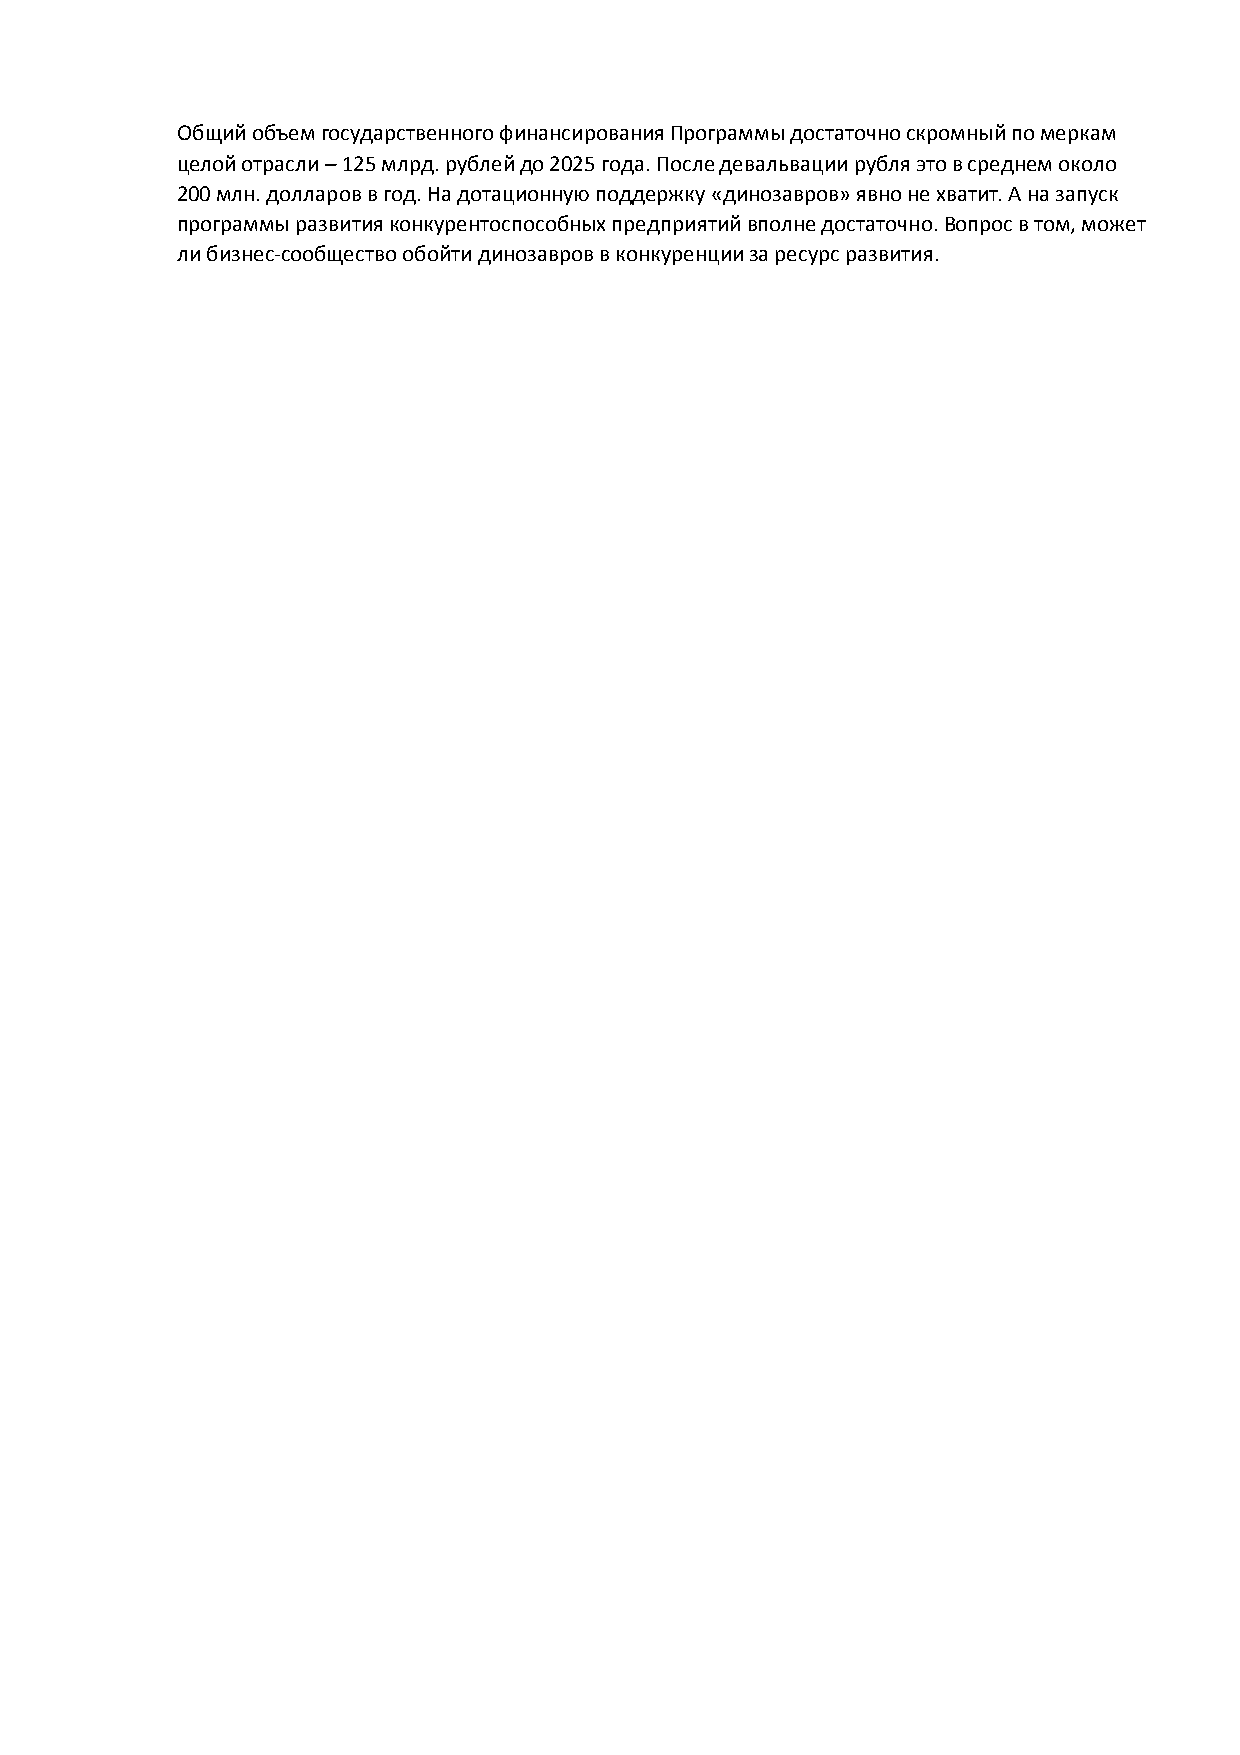
Общий объем государственного финансирования Программы достаточно скромный по меркам
 целой отрасли – 125 млрд. рублей до 2025 года. После девальвации рубля это в среднем около
 200 млн. долларов в год. На дотационную поддержку «динозавров» явно не хватит. А на запуск
 программы развития конкурентоспособных предприятий вполне достаточно. Вопрос в том, может
 ли бизнес-сообщество обойти динозавров в конкуренции за ресурс развития.